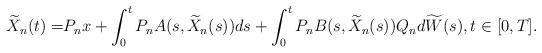
LaTeX: \begin{align*} \widetilde{X}_n(t)=& P_n x + \int_0^t P_n A(s,\widetilde{X}_n(s)) ds +\int_0^t P_n B(s,\widetilde{X}_n(s))Q_n d\widetilde{W}(s), t\in[0,T] .\end{align*}